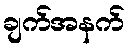
ချက်အနက်